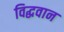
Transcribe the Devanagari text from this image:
विद्धवान